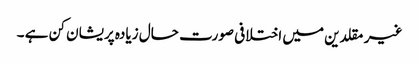
غیر مقلدین میں اختلافی صورت حال زیادہ پریشان کن ہے ۔